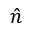
\hat { n }